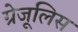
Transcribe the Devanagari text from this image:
ग्रेजूलिस